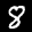
Label: 8